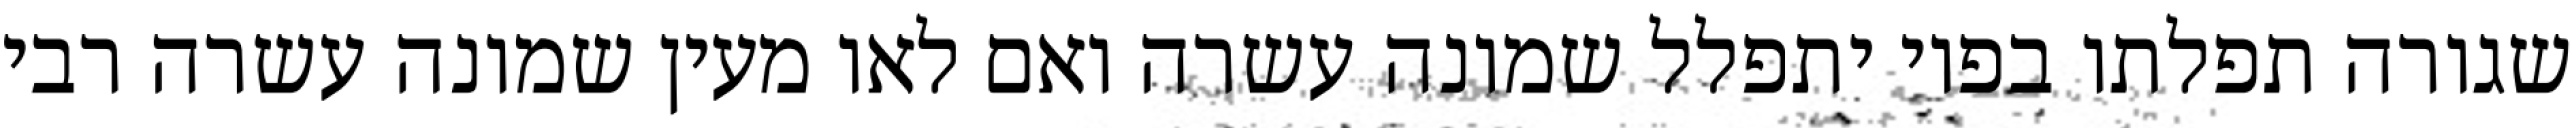
שגורה תפלתו בפיו יתפלל שמונה עשרה ואם לאו מעין שמונה עשרה רבי